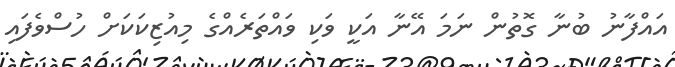
އައްފާނު ބުނާ ގޮތުން ނަމަ އޭނާ އަކީ ވަކި ވައްތަރެއްގެ މިއުޒިކަކަށް ހުސްވެފައި